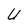
Character: U